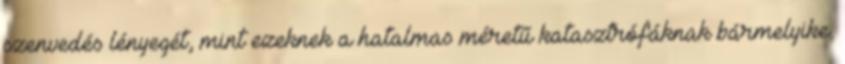
szenvedés lényegét, mint ezeknek a hatalmas méretű katasztrófáknak bármelyike.